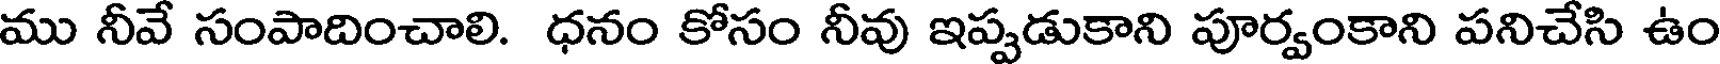
ము నీవే సంపాదించాలి. ధనం కోసం నీవు ఇప్పడుకాని పూర్వంకాని పనిచేసి ఉం